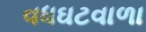
વધઘટવાળા